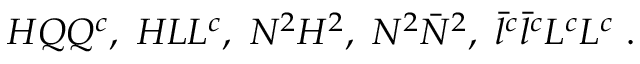
H Q Q ^ { c } , ~ H L L ^ { c } , ~ N ^ { 2 } H ^ { 2 } , ~ N ^ { 2 } \bar { N } ^ { 2 } , ~ \bar { l } ^ { c } \bar { l } ^ { c } L ^ { c } L ^ { c } ~ .